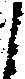
之